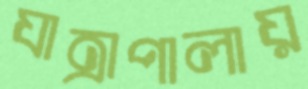
যাত্রাপালায়